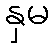
နှမ